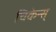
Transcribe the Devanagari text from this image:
चिकेन्स्